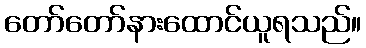
တော်တော်နားထောင်ယူရသည်။